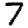
Digit: 7